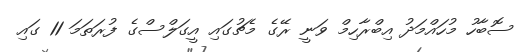
ސޮބާހު މުހައްމަދު އިބްރާހިމް ވަނީ ރޭގެ މެޗުގައި އީގަލްސްގެ ފުރަތަމަ 11 ގައި